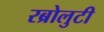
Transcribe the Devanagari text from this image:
रब्रोलुटी